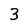
Character: 3